Indian journal of veterinary science and animal husbandry - Volumes 15-17, 1948-1951
Year: 1948
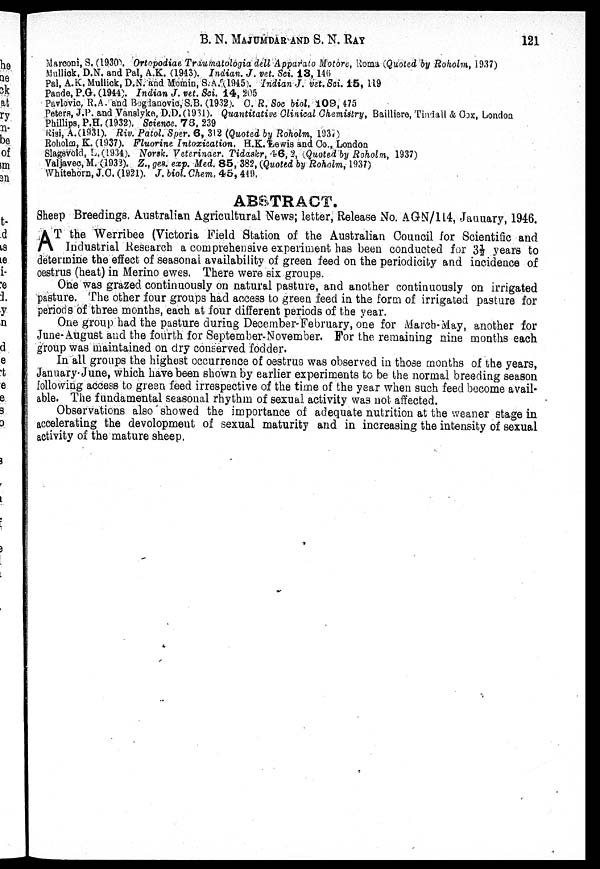
B. N. MAJUMDAR AND S. N.
RAY
121
Marconi, S. (1930) Ortopodiae Traumatologia dell Apparato Motore, Roma (Quoted by Boholm, 1937)
Mulliok, D.N. and Pal, A.K. (1943). Indian. J. vet. Sci. 13, 146
Pal, A.K. Mullick, D.N. and Momin, S.A.(1945). Indian J. vet. Sci. 15, 119
Pande, P.G. (1944). Indian J. vet. Sci. 14, 205
Pavlovic, R.A. and Bogdanovic,S.B. (1932). C. R. Soc biol, 109, 475
Peters, J.P. and Vanslyke, D.D.(1931). Quantitative Clinical Chemistry, Bailliere, Tindall & Cox, London
Phillips, P.H. (1932). Science. 78, 239
Risi, A.(1931). Riv. Patol.Sper. 6, 312 (Quoted by Roholm, 1937)
Roholm, K. (1937). Fluorine Intoxication, H.K. Lewis and Co., London
Slagsvold, L.(1934). Norsk. Veterinaer. Tidaskr,46,2,(Quoted
by Roholm, 1937)
Valjavec, M. (1932). Z., ges. exp. Med. 85, 382, (Quoted by Roholm, 1937)
Whitehorn, J.C. (1921). J. biol. Chem, 45, 449.
ABSTRACT.
Sheep Breedings. Australian Agricultural News; letter, Release No. AGN/114, January, 1946.
A T the Werribee (Victoria Field Station of the Australian Council for Scientific and
Industrial Research a comprehensive experiment has been conducted for 3½ years to
determine the effect of seasonal availability of green feed on the periodicity and incidence of
oestrus (heat) in Merino ewes. There were six groups.
One was grazed continuously on natural pasture, and another continuously on irrigated
pasture. The other four groups had access to green feed in the form of irrigated pasture for
periods of three months, each at four different periods of the year.
One group had the pasture during December-February, one for March-May, another for
June August and the fourth for September-November. For the remaining nine months each
group was maintained on dry conserved fodder.
In all groups the highest occurrence of oestrus was observed in those months of the years,
January-June, which have been shown by earlier experiments to be the normal breeding season
following access to green feed irrespective of the time of the year when such feed become avail-
able. The fundamental seasonal rhythm of sexual activity was not affected.
Observations also showed the importance of adequate nutrition at the weaner stage in
accelerating the devolopment of sexual maturity and in increasing the intensity of sexual
activity of the mature sheep.